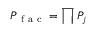
P _ { \mathrm { ~ f ~ a ~ c ~ } } = \prod P _ { j }